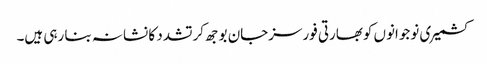
کشمیری نوجوانوں کوبھارتی فورسزجان بوجھ کرتشدد کا نشانہ بنا رہی ہیں۔